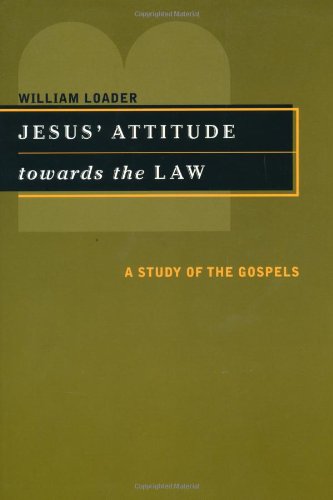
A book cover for Jesus' Attitude Towards the Law: A Study of the Gospels; Mr. William Loader; Religion & Spirituality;